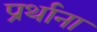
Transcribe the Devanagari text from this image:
प्रर्थाना